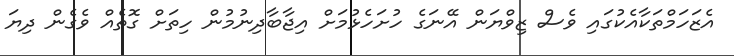
އެޒަހަމްތަކާއެކުގައި ވެސް ޒިވްޔަން އޭނަގެ ހުށަހެޅުމަށް އިޖާބާދިނުމުން ހިތަށް ގޮތެއް ވެގެން ދިޔަ